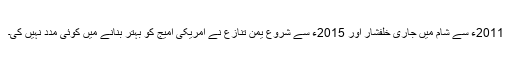
2011ء سے شام میں جاری خلفشار اور 2015ء سے شروع یمن تنازع نے امریکی امیج کو بہتر بنانے میں کوئی مدد نہیں کی۔